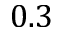
0 . 3